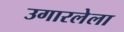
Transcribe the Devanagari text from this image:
उगारलेला